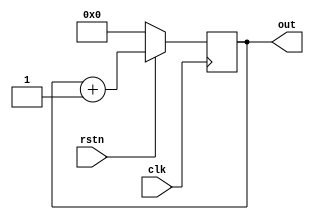
module counter ( input clk,
                 input rstn,
                 output reg [3:0] out);

    always @ (posedge clk) begin
        if ( !rstn)
            out <= 0;
        else
            out <= out + 1;
    end
endmodule